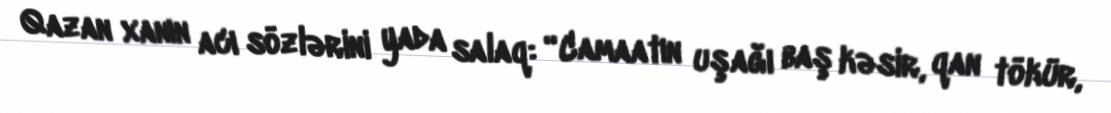
Qazan xanın acı sözlərini yada salaq: “Camaatın uşağı baş kəsir, qan tökür,